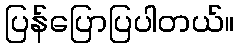
ပြန်ပြောပြပါတယ်။